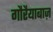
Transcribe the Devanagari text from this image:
गौरैयाबाज़